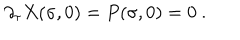
LaTeX: \partial _ { \tau } X ( \sigma , 0 ) = P ( \sigma , 0 ) = 0 \ .